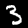
Label: 3